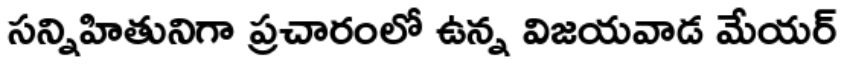
సన్నిహితునిగా ప్రచారంలో ఉన్న విజయవాడ మేయర్